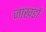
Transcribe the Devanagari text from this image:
जाखडों